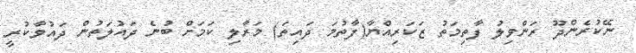
ނޭކުރެންދޫ ރަންވިލު ފާތިމަތު ޒަކަރިއްޔާ(ފާތުމަ ދައިތަ) މަރާލި ކަމަށް ބުނެ ދައުލަތުން ދައުވާކުރީ